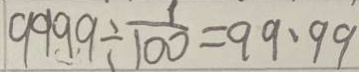
9 9 9 9 \div \frac { 1 } { 1 0 0 } = 9 9 . 9 9